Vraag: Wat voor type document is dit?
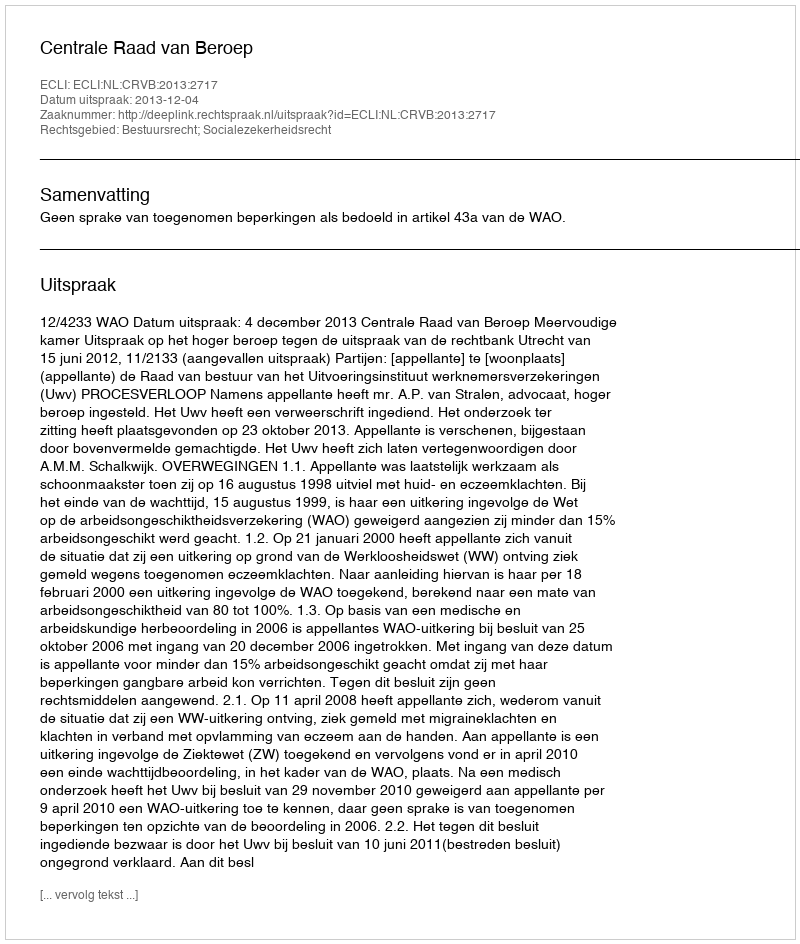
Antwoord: Uitspraak